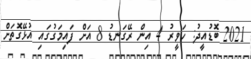
2021 ބޮޑުއީދު: ހަވީރު 4 އިން ރޭގަނޑު 8 އަށް ފައިމަގުގައި އުޅޭގޮތަށް